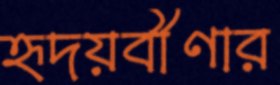
হৃদয়বীণার